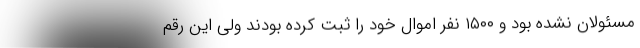
مسئولان نشده بود و ۱۵۰۰ نفر اموال خود را ثبت کرده بودند ولی این رقم